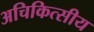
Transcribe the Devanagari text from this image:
अचिकित्सीय